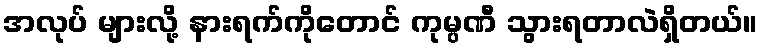
အလုပ် များလို့ နားရက်ကိုတောင် ကုမ္ပဏီ သွားရတာလဲရှိတယ်။